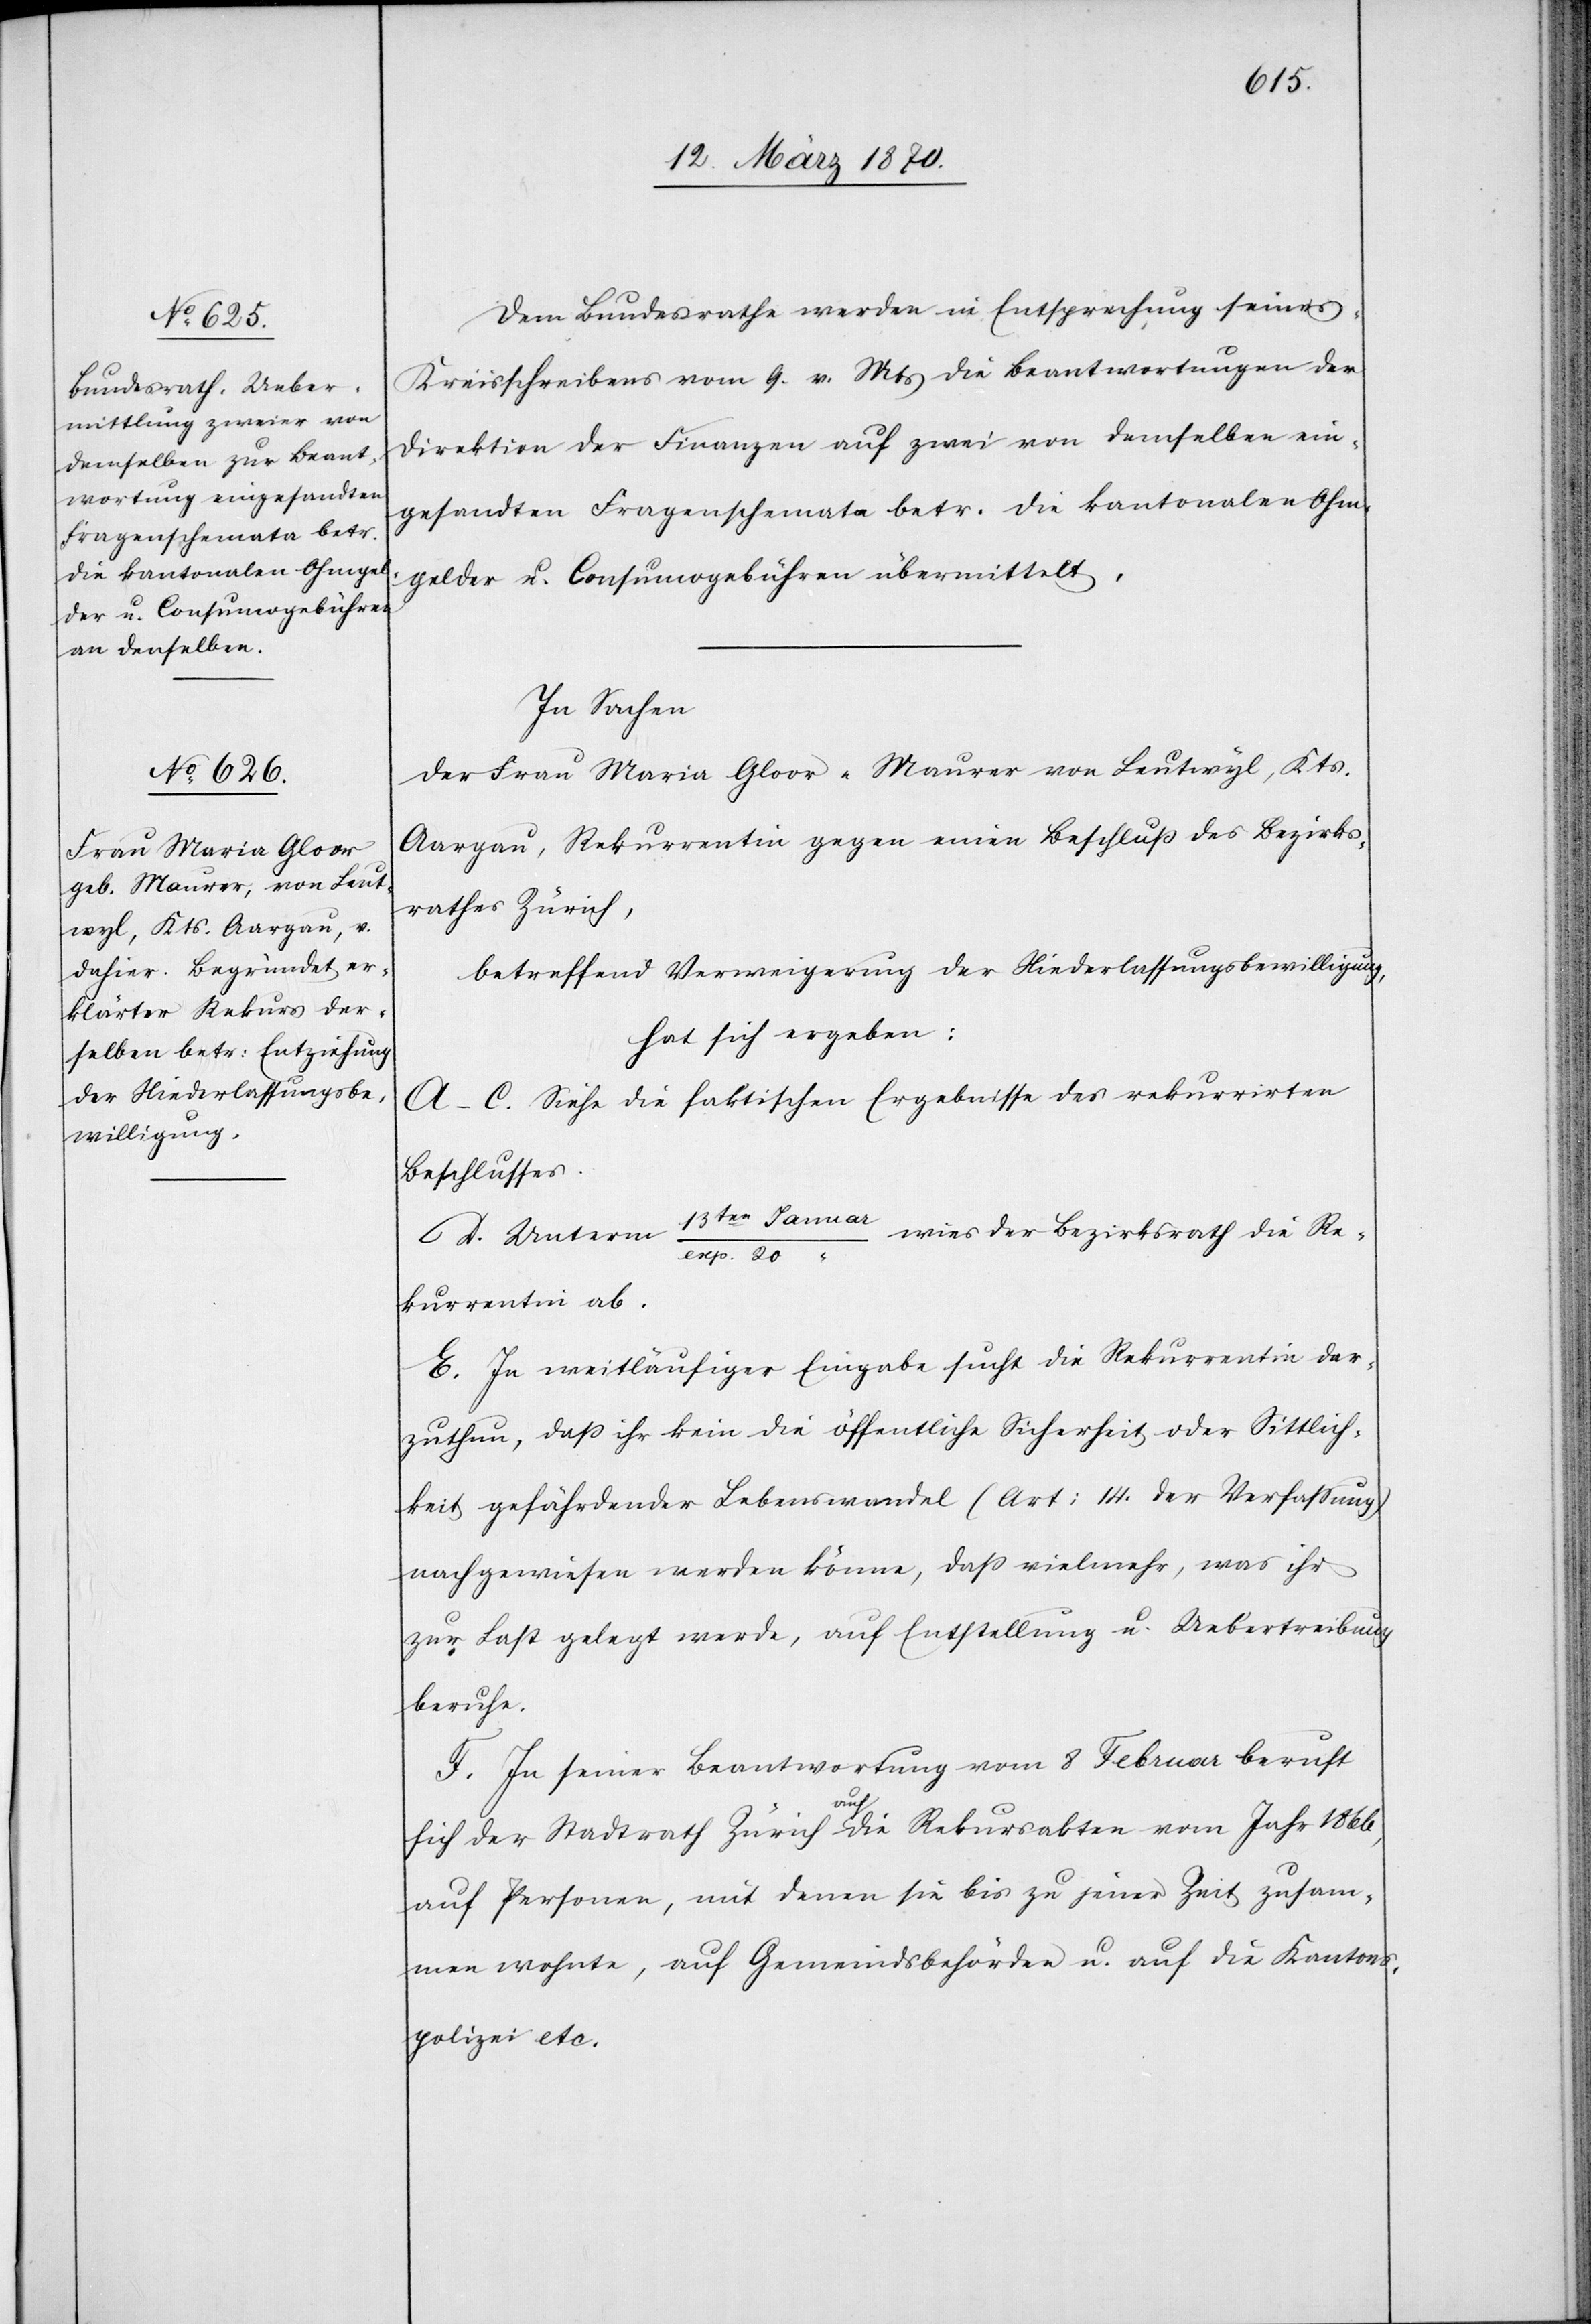
Dem Bundesrathe werden in Entsprechung seines
Kreisschreibens vom 9. v. Mts die Beantwortungen der
Direktion der Finanzen auf zwei von demselben ein¬
gesandten Fragenschemata betr. die kantonalen Ohm¬
gelder u. Consumogebühren übermittelt.
In Sachen
der Frau Maria Gloor-Maurer von Leutwyl, Kts.
Aargau, Rekurrentin gegen einen Beschluß des Bezirks¬
rathes Zürich,
betreffend Verweigerung der Niederlassungsbewilligung,
hat sich ergeben:
A–C. Siehe die faktischen Ergebnisse des rekurrirten
Beschlusses.
D. Unterm 13ten Janua¬
wies der Bezirksrath die Re¬
r/exp. 20
kurrentin ab.
E. In weitläufiger Eingabe sucht die Rekurrentin dar¬
zuthun, daß ihr kein die öffentliche Sicherheit oder Sittlich¬
keit gefährdender Lebenswandel (Art: 14. der Verfassung)
nachgewiesen werden könne, daß vielmehr, was ihr
zur Last gelegt werde, auf Entstellung u. Uebertreibung
beruhe.
F. In seiner Beantwortung vom 8 Februar beruft
sich der Stadtrath Zürich a-auf-a die Rekursakten vom Jahr 1866,
auf Personen, mit denen sie bis zu jener Zeit zusam¬
men wohnte, auf Gemeindsbehörden u. auf die Kantons¬
polizei etc.